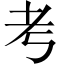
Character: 考